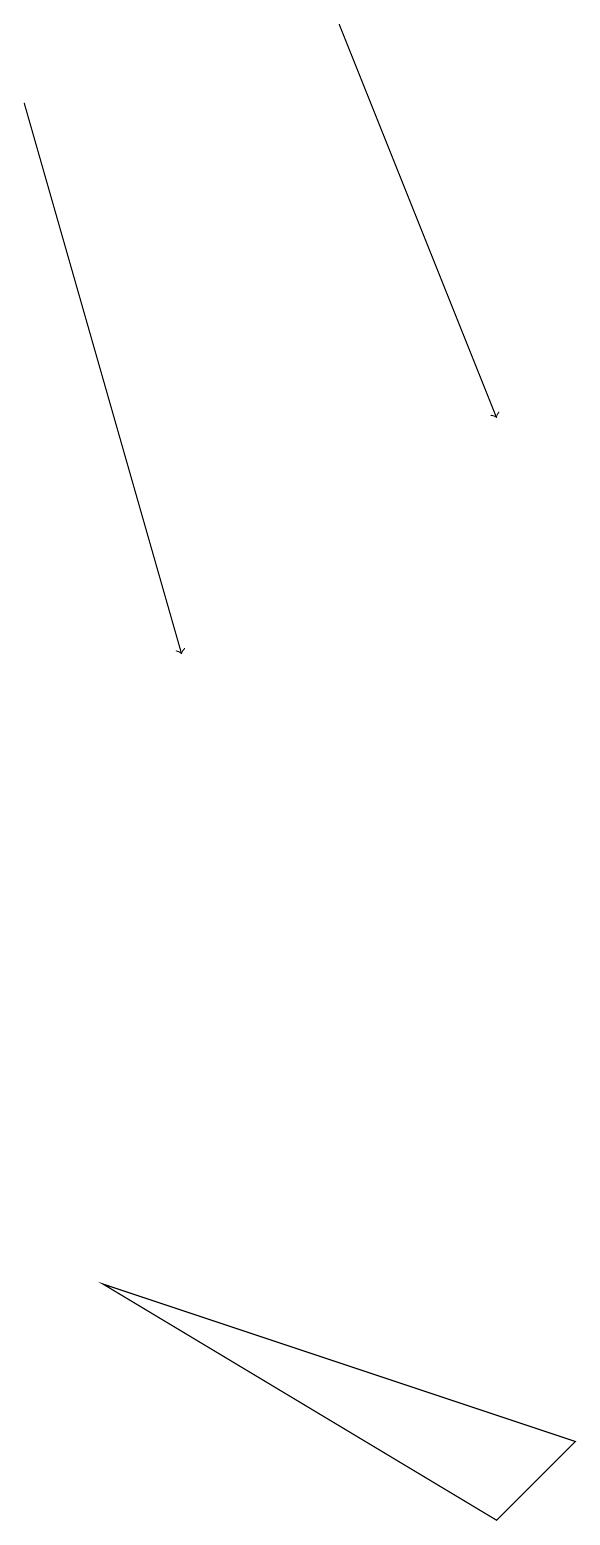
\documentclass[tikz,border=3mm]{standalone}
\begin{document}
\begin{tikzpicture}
\draw (7,0) -- (2,3) -- (8,1) -- cycle;
\draw[->] (5,19) -- (7,14);
\draw[->] (1,18) -- (3,11);
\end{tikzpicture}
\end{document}